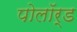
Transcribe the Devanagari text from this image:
पोलॉर्ड